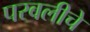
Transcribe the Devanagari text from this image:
परवलीचे